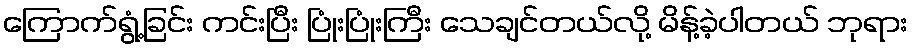
ကြောက်ရွံ့ခြင်း ကင်းပြီး ပြုံးပြုံးကြီး သေချင်တယ်လို့ မိန့်ခဲ့ပါတယ် ဘုရား